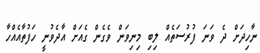
ނާހިދަށް ދެ ވަނަ ފުރުސަތެއް ލިބި މިނިވަން ވެގެން ގެއަށް އާދެވުނީ ހަފުތާއެއްހާ